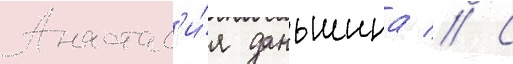
Анастас'и́я даньшина // С